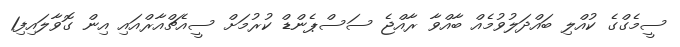
ސީމެގްގެ ކުއްލި ބައްދަލުވުމެއް ބާއްވާ ރާއްޖެ ސަސްޕެންޑް ކުރުމަށް ސީއެޗްއާރްއައި އިން ގޮވާލައިފި1